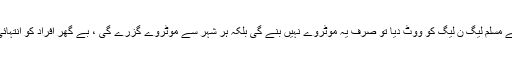
نواز شریف نے کہا کہ میں وعدہ کرنے لگا ہوں اور اس کی 2018 میں تجدید کروں گا ، اگر آپ نے مسلم لیگ ن لیگ کو ووٹ دیا تو صرف یہ موٹروے نہیں بنے گی بلکہ ہر شہر سے موٹروے گزرے گی ، بے گھر افراد کو انتہائی آسان اقساط پر اپنے گھر دیئے جائیں گے جو کہ پانچ یا دس سال میں ان کی ملکیت ہو جائیں گے ۔